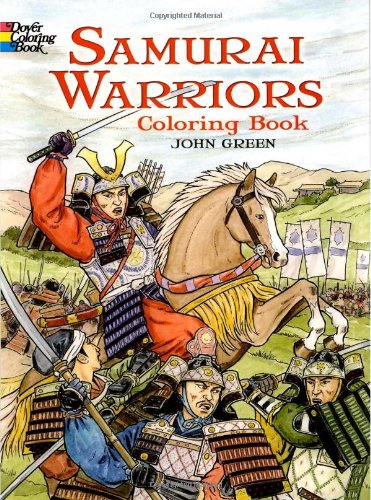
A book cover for Samurai Warriors (Dover History Coloring Book); John Green; Children's Books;